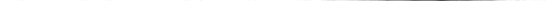
___